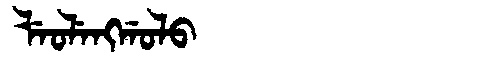
Manchu: ᠯᡝᠣᠯᡝᠩᡤᠣᠯᠣ
Romanization: LEOLENGGOLO